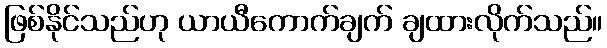
ဖြစ်နိုင်သည်ဟု ယာယီကောက်ချက် ချထားလိုက်သည်။